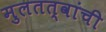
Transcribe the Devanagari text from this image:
मुलतत्वांची